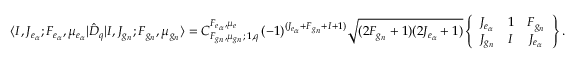
\langle I , J _ { e _ { \alpha } } ; F _ { e _ { \alpha } } , \mu _ { e _ { \alpha } } | { \hat { D } } _ { q } | I , J _ { g _ { n } } ; F _ { g _ { n } } , \mu _ { g _ { n } } \rangle = C _ { F _ { g _ { n } } , \mu _ { g _ { n } } ; \, 1 , q } ^ { F _ { e _ { \alpha } } , \mu _ { e } } \, ( - 1 ) ^ { ( J _ { e _ { \alpha } } + F _ { g _ { n } } + I + 1 ) } \sqrt { ( 2 F _ { g _ { n } } + 1 ) ( 2 J _ { e _ { \alpha } } + 1 ) } \left\{ \begin{array} { c c c } { J _ { e _ { \alpha } } } & { 1 } & { F _ { g _ { n } } } \\ { J _ { g _ { n } } } & { I } & { J _ { e _ { \alpha } } } \end{array} \right\} .